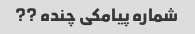
شماره پیامکی چنده ??